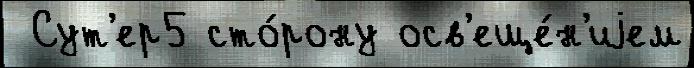
 Сут'ер5 сто́рону осв'еще́н'иjем